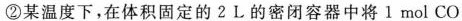
②某温度下，在体积固定的2L的密闭容器中将1 mol CO